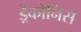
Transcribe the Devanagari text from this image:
ड्रैकोनिस